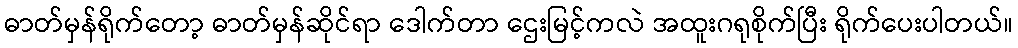
ဓာတ်မှန်ရိုက်တော့ ဓာတ်မှန်ဆိုင်ရာ ဒေါက်တာ ဌေးမြင့်ကလဲ အထူးဂရုစိုက်ပြီး ရိုက်ပေးပါတယ်။